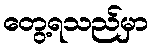
တွေ့ရသည်မှာ